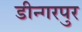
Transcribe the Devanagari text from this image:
डीन्गरपुर